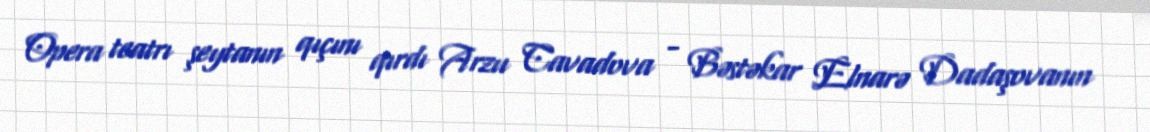
Opera teatrı şeytanın qıçını qırdı Arzu Cavadova - Bəstəkar Elnarə Dadaşovanın